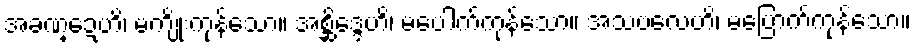
အခဏ္ဍေဟိ၊ မကျိုးကုန်သော။ အစ္ဆိဒ္ဒေဟိ၊ မပေါက်ကုန်သော။ အသဗလေဟိ၊ မပြောက်ကုန်သော။